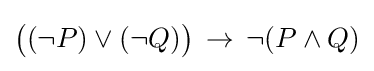
{\big (}(\neg P)\lor (\neg Q){\big )}\,\to \,\neg (P\land Q)